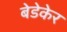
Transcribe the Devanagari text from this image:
बेडेकेर